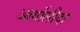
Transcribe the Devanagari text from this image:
आर्गोलीदा